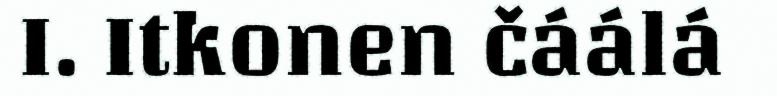
I. Itkonen čáálá